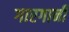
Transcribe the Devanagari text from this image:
गारगानी